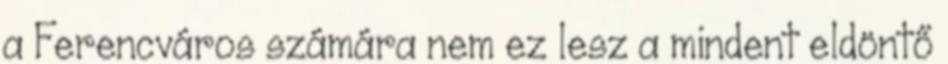
a Ferencváros számára nem ez lesz a mindent eldöntő